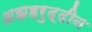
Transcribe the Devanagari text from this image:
अझहरुद्दीन